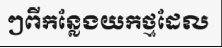
ៗពីកន្លែងយកថ្មដែល